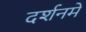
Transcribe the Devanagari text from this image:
दर्शनमें